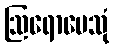
ဩရောပေသုံ